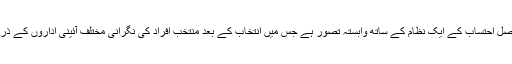
جمہوریت دراصل احتساب کے ایک نظام کے ساتھ وابستہ تصور ہے جس میں انتخاب کے بعد منتخب افراد کی نگرانی مختلف آئینی اداروں کے ذریعے ہوتی ہیں۔